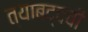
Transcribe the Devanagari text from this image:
त्याबद्दची